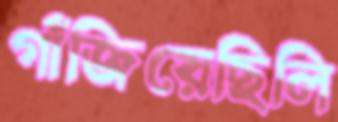
গাঁজিয়েছিলি